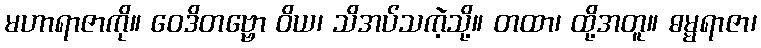
မဟာရာဇာကို။ ဝေဒိတဗ္ဗော ဝိယ၊ သိအပ်သကဲ့သို့။ တထာ၊ ထို့အတူ။ ဓမ္မရာဇာ၊